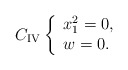
\begin{align*}C_{{\rm IV}}\left\{ \begin{array}{l} x_1^2=0, \\ w=0. \end{array} \right.\end{align*}